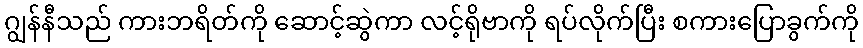
ဂျွန်နီသည် ကားဘရိတ်ကို ဆောင့်ဆွဲကာ လင့်ရိုဗာကို ရပ်လိုက်ပြီး စကားပြောခွက်ကို